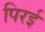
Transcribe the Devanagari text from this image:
पिरई